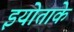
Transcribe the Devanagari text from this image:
इयोताके